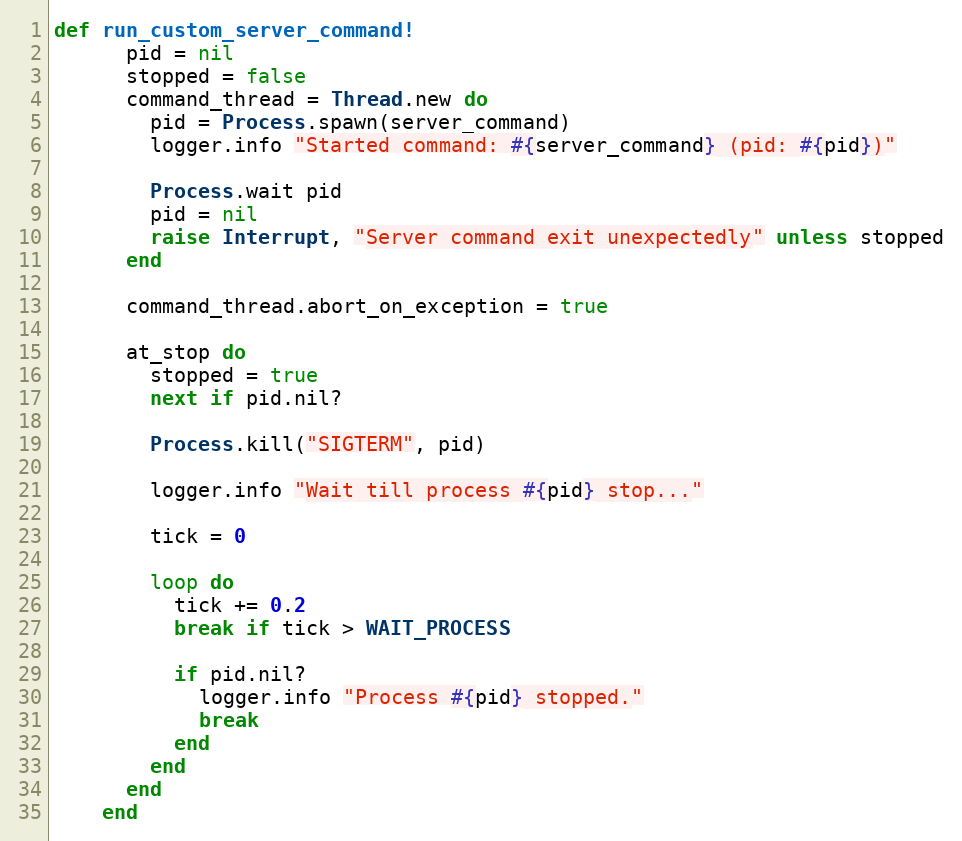
Language: Ruby
def run_custom_server_command!
      pid = nil
      stopped = false
      command_thread = Thread.new do
        pid = Process.spawn(server_command)
        logger.info "Started command: #{server_command} (pid: #{pid})"

        Process.wait pid
        pid = nil
        raise Interrupt, "Server command exit unexpectedly" unless stopped
      end

      command_thread.abort_on_exception = true

      at_stop do
        stopped = true
        next if pid.nil?

        Process.kill("SIGTERM", pid)

        logger.info "Wait till process #{pid} stop..."

        tick = 0

        loop do
          tick += 0.2
          break if tick > WAIT_PROCESS

          if pid.nil?
            logger.info "Process #{pid} stopped."
            break
          end
        end
      end
    end